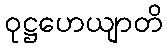
ဝုဋ္ဌဟေယျာတိ